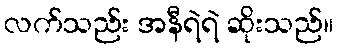
လက်သည်း အနီရဲရဲ ဆိုးသည်။